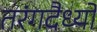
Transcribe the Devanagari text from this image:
तरंगदैर्ध्‍यों